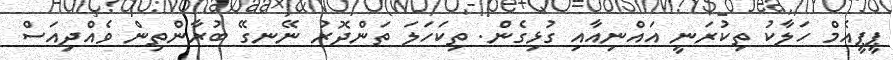
ޕީޕީއެމް ހަލާކު ތިކުރަނީ އައްނިއާއި ގުޅިގެން. ތިކަހަލަ ތަންދޮރު ނޭނގޭ ބުރާންތިން ވެއްދިއަސް